Indian journal of veterinary science and animal husbandry - Volume 9,
Year: 1939
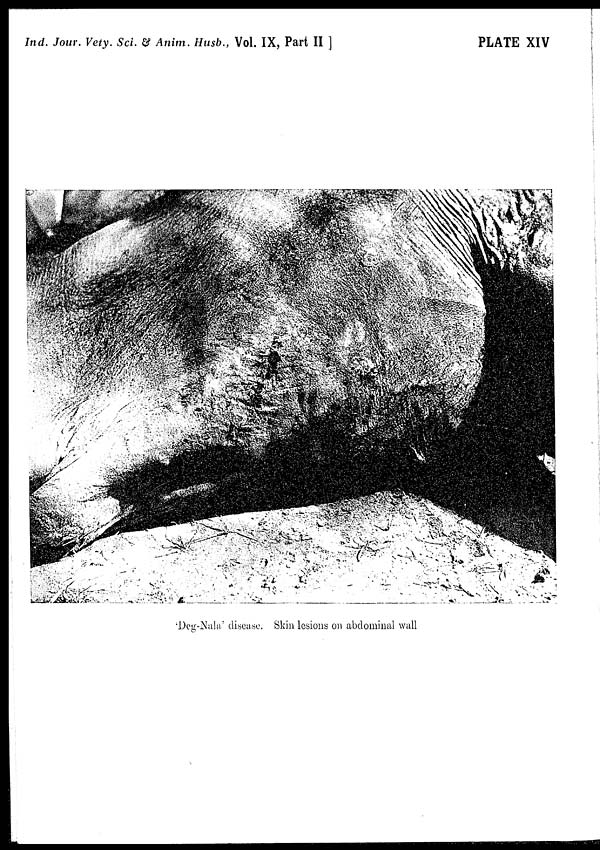
Ind. Jour. Vety. Sci. & Anim. Husb., Vol. IX, Part II ]
PLATE XIV
'Deg-Nala' disease. Skin lesions on abdominal wall